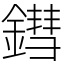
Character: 鏏